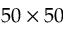
5 0 \times 5 0